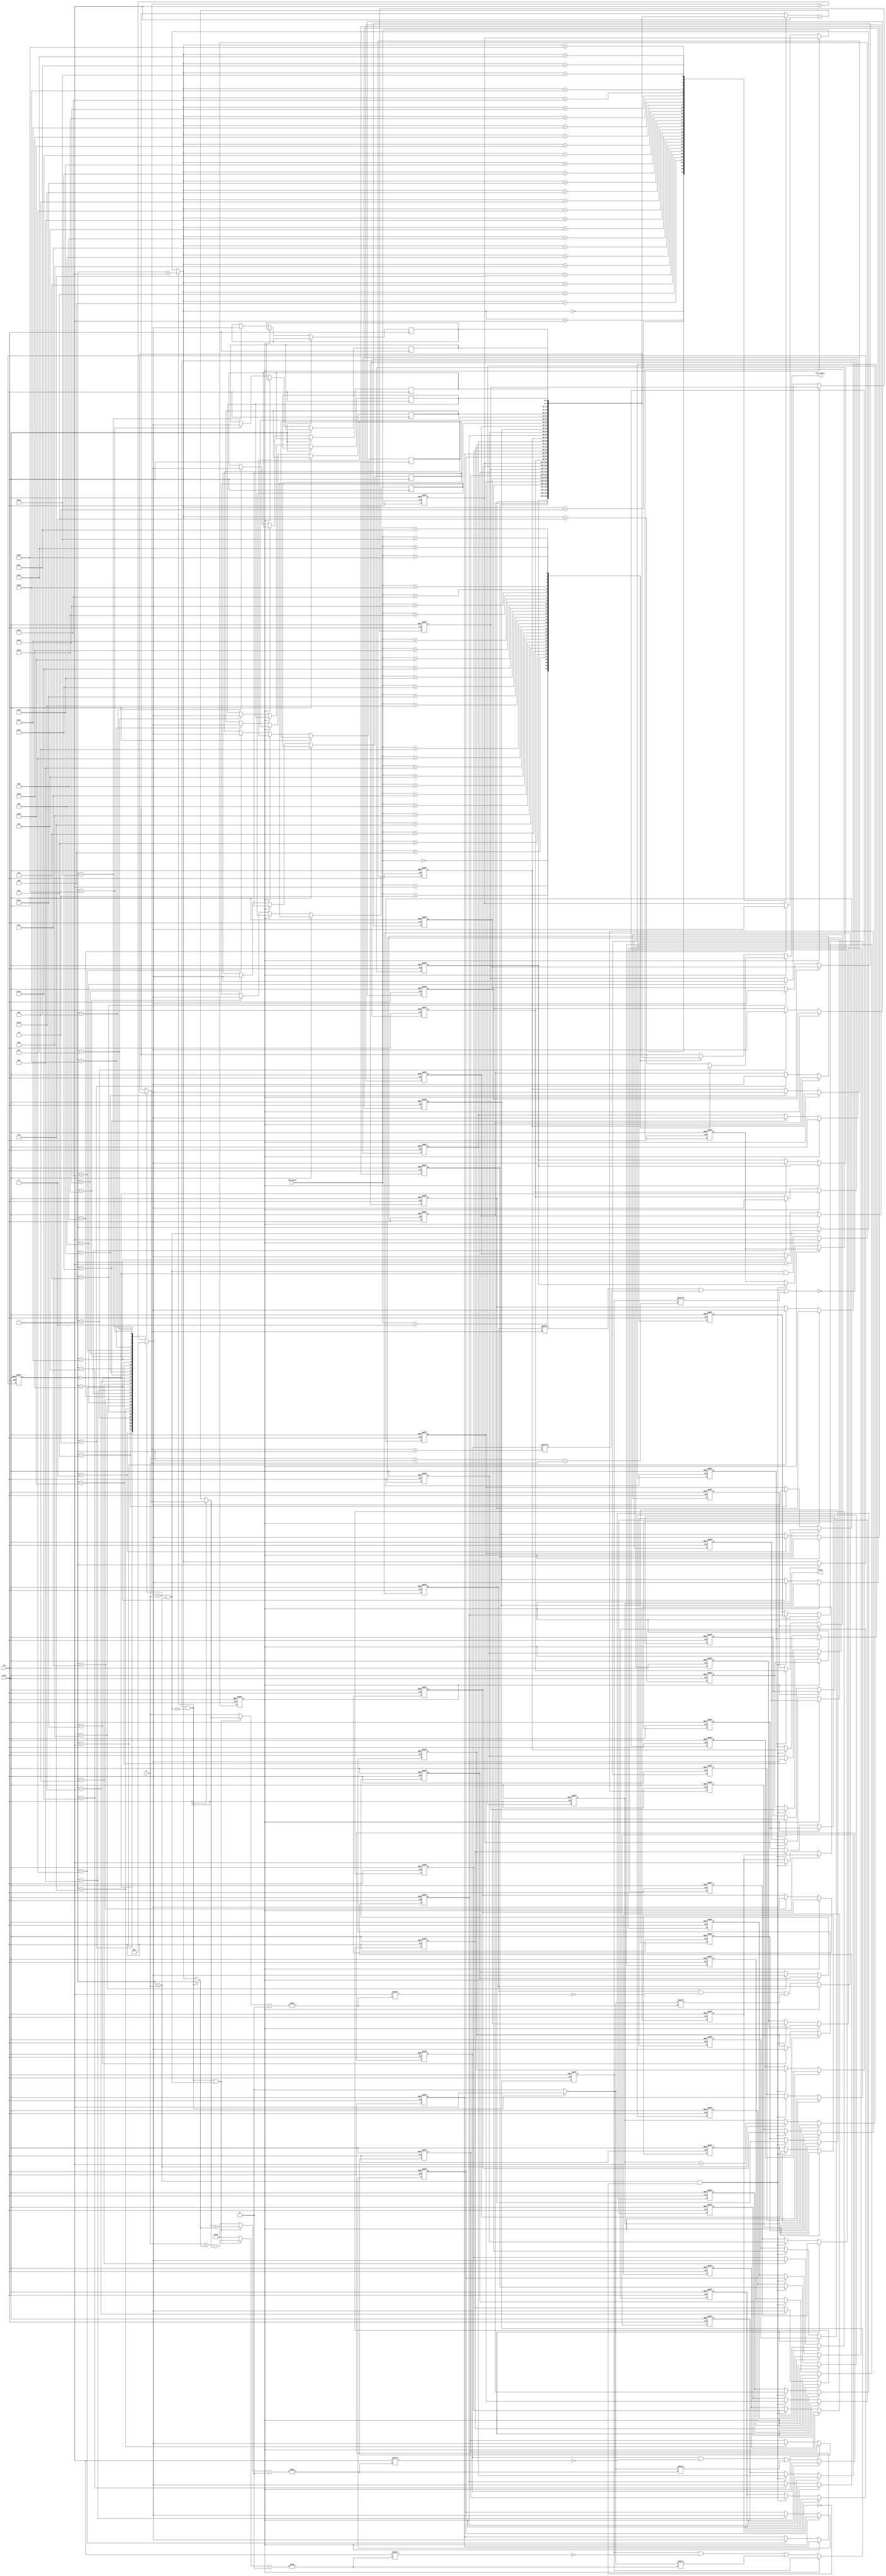
`timescale 1ns / 1ps

module queens(
	input clk,
	input reset,
	input [4:0] n,
	output reg [31:0] result,
	input [4:0] row_query,
	output [4:0] row_result
    );

	parameter N = 31;
	parameter N2 = 63;
	parameter logN = 4;
	parameter logN2 = 5;
	//parameter n = 9;
	reg [logN:0] column; //3:0
	reg [logN:0] row [N:0]; //3:0 and 15:0
	reg [N:0] Rused; //15:0
	reg [N2:0] D1used; //31:0
	reg [N2:0] D2used; //31:0
	//reg [N2:0] result; //31:0
	reg finished;

	reg [logN:0] first_solution [N:0]; //3:0 and 15:0
	reg first_solution_found;


	//next state logic for the FSM
	wire [logN:0] currow = row[column];
	wire backward_needed = (currow == n) || (column == n); //if hit the end or all possibilities tried
	wire [logN2:0] D1_check = currow + column;
	wire [logN2:0] D2_check = n+column-currow;
	wire forward_possible = (~(Rused[currow] || D1used[D1_check] || D2used[D2_check])) && ~backward_needed;
	wire solution_found = (column == n);
	
	wire [31:0] next_result = solution_found ? result+1 : result;
	wire [logN:0] next_currow = (currow == n) ? 0 : currow + 1;
	wire [logN:0] next_column = forward_possible ? column+1 : (backward_needed ? column-1 : column);
	wire next_finished = backward_needed && (column == 0); //(~(result == 0)) && (currow == 0) && (column == 0);
	
	//choose correct row to set or delete an used row
	// if forward move in progress => set next_currow to 1
	// if backward move in progress => set row[next_column]-1 to 0 //the row where the last queen was set
	// else set R[n] to anything
	wire edit_needed = forward_possible || backward_needed;
	//editing indices in case of any change
	wire [logN:0] edit_column = forward_possible ? column : next_column; //column-1 in case of backward move
	wire [logN:0] edit_row = forward_possible ? currow : row[next_column]-1; //row[next_column]-1 in case of backward move
	wire edit_value = forward_possible ? 1 : 0;
	
	wire [logN:0] R_index = edit_needed ? edit_row : n; //unused row n;
	wire [logN2:0] D1_index = edit_needed ? (edit_row + edit_column) : N2; //unused Diagonal N2
	wire [logN2:0] D2_index = edit_needed ? (n + edit_column - edit_row) : N2; //unused Diagonal N2
	
	//state transition of the FSM
	always @ (posedge clk, posedge reset)
	begin
		if(reset)
		begin
			result <= 0;
			Rused <= 0;
			D1used <= 0;
			D2used <= 0;
			row[0] <= 0; row[1] <= 0; row[2] <= 0; row[3] <= 0; row[4] <= 0; row[5] <= 0; row[6] <= 0; row[7] <= 0;
			row[8] <= 0; row[9] <= 0; row[10] <= 0; row[11] <= 0; row[12] <= 0; row[13] <= 0; row[14] <= 0; row[15] <= 0;
			row[16] <= 0; row[17] <= 0; row[18] <= 0; row[19] <= 0; row[20] <= 0; row[21] <= 0; row[22] <= 0; row[23] <= 0;
			first_solution[0] <= 0; first_solution[1] <= 0; first_solution[2] <= 0; first_solution[3] <= 0; first_solution[4] <= 0; first_solution[5] <= 0; first_solution[6] <= 0; first_solution[7] <= 0;
			first_solution[8] <= 0; first_solution[9] <= 0; first_solution[10] <= 0; first_solution[11] <= 0; first_solution[12] <= 0; first_solution[13] <= 0; first_solution[14] <= 0; first_solution[15] <= 0;
			first_solution[16] <= 0; first_solution[17] <= 0; first_solution[18] <= 0; first_solution[19] <= 0; first_solution[20] <= 0; first_solution[21] <= 0; first_solution[22] <= 0; first_solution[23] <= 0;
			first_solution_found <= 0;
			column <= 0;
			finished <= 0;
		end
		else
		begin
			if(~finished)
			begin
				//assign next state of the FSM
				result <= next_result;
				row[column] <= next_currow;
				column <= next_column;
				Rused[R_index] <= edit_value;
				D1used[D1_index] <= edit_value;
				D2used[D2_index] <= edit_value;
				finished <= next_finished;
				if(solution_found && ~first_solution_found)
				begin
					first_solution[0] <= row[0]; first_solution[1] <= row[1]; first_solution[2] <= row[2]; first_solution[3] <= row[3];
					first_solution[4] <= row[4]; first_solution[5] <= row[5]; first_solution[6] <= row[6]; first_solution[7] <= row[7];
					first_solution[8] <= row[8]; first_solution[9] <= row[9]; first_solution[10] <= row[10]; first_solution[11] <= row[11];
					first_solution[12] <= row[12]; first_solution[13] <= row[13]; first_solution[14] <= row[14]; first_solution[15] <= row[15];
					first_solution[16] <= row[16]; first_solution[17] <= row[17]; first_solution[18] <= row[18]; first_solution[19] <= row[19];
					first_solution[20] <= row[20]; first_solution[21] <= row[21]; first_solution[22] <= row[22]; first_solution[23] <= row[23];
					first_solution_found <= 1;
				end
			end
		end
	end
	
	//assign row_result to display the queen in this column
	assign row_result = finished ? first_solution[row_query] : row[row_query];
	
	/*
	wire [logN:0] r0 = row[0];
	wire [logN:0] r1 = row[1];
	wire [logN:0] r2 = row[2];
	wire [logN:0] r3 = row[3];
	wire [logN:0] r4 = row[4];
	wire [logN:0] r5 = row[5];
	wire [logN:0] r6 = row[6];
	wire [logN:0] r7 = row[7];
	
	wire Ru0 = Rused[0];
	wire Ru1 = Rused[1];
	wire Ru2 = Rused[2];
	wire Ru3 = Rused[3];
	wire Ru4 = Rused[4];
	wire Ru5 = Rused[5];
	wire Ru6 = Rused[6];
	wire Ru7 = Rused[7];

	wire D1u0 = D1used[0];	
	wire D1u1 = D1used[1];	
	wire D1u2 = D1used[2];	
	wire D1u3 = D1used[3];	
	wire D1u4 = D1used[4];	
	wire D1u5 = D1used[5];	
	wire D1u6 = D1used[6];	
	wire D1u7 = D1used[7];	
	wire D1u8 = D1used[8];	
	wire D1u9 = D1used[9];	
	wire D1u10 = D1used[10];	
	wire D1u11 = D1used[11];	
	wire D1u12 = D1used[12];	
	wire D1u13 = D1used[13];	
	wire D1u14 = D1used[14];	
	wire D1u15 = D1used[15];	

	wire D2u0 = D2used[0];	
	wire D2u1 = D2used[1];	
	wire D2u2 = D2used[2];	
	wire D2u3 = D2used[3];	
	wire D2u4 = D2used[4];	
	wire D2u5 = D2used[5];	
	wire D2u6 = D2used[6];	
	wire D2u7 = D2used[7];	
	wire D2u8 = D2used[8];	
	wire D2u9 = D2used[9];	
	wire D2u10 = D2used[10];	
	wire D2u11 = D2used[11];	
	wire D2u12 = D2used[12];	
	wire D2u13 = D2used[13];	
	wire D2u14 = D2used[14];	
	wire D2u15 = D2used[15];	

  initial
     $monitor("c%d r%d fwd%d, bwd%d, R (%d,%d,%d,%d,%d,%d,%d,%d), Rused (%d,%d,%d,%d,%d,%d,%d,%d), D1 %d (%d,%d,%d,%d,%d,%d,%d,%d,%d,%d,%d,%d,%d,%d,%d,%d), D2 %d (%d,%d,%d,%d,%d,%d,%d,%d,%d,%d,%d,%d,%d,%d,%d,%d), e_r %d, e_c %d, R_i %d, D1_i %d, D2_i %d, res %d, fin %d",column, currow, forward_possible, backward_needed, r0,r1,r2,r3,r4,r5,r6,r7,Ru0,Ru1,Ru2,Ru3,Ru4,Ru5,Ru6,Ru7,D1_check, D1u0,D1u1,D1u2,D1u3,D1u4,D1u5,D1u6,D1u7,D1u8,D1u9,D1u10,D1u11,D1u12,D1u13,D1u14,D1u15,D2_check, D2u0,D2u1,D2u2,D2u3,D2u4,D2u5,D2u6,D2u7,D2u8,D2u9,D2u10,D2u11,D2u12,D2u13,D2u14,D2u15, edit_row, edit_column, R_index, D1_index, D2_index, result, finished);
*/

endmodule